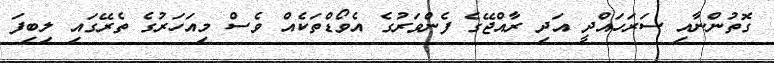
ގޮތުންނާއި ސަރަހައްދީ އަދި ރާއްޖޭގެ ފެންވަރުގެ އެވޯޑްތަކެއް ވެސް މިއަހަރުގެ ތެރޭގައި ލިބިފަ